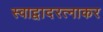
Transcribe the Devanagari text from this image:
स्वाद्वादरत्नाकर